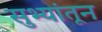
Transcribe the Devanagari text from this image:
सुभ्यांतून